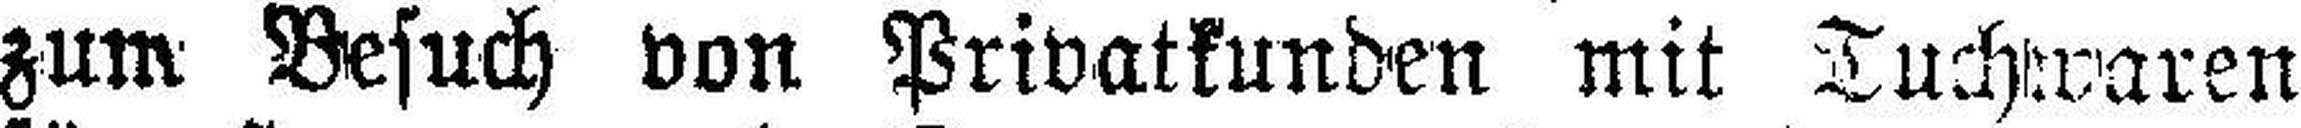
zum Besuch von Privatkunden mit Tuchwaren